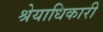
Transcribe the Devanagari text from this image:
श्रेयाधिकारी